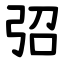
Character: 弨